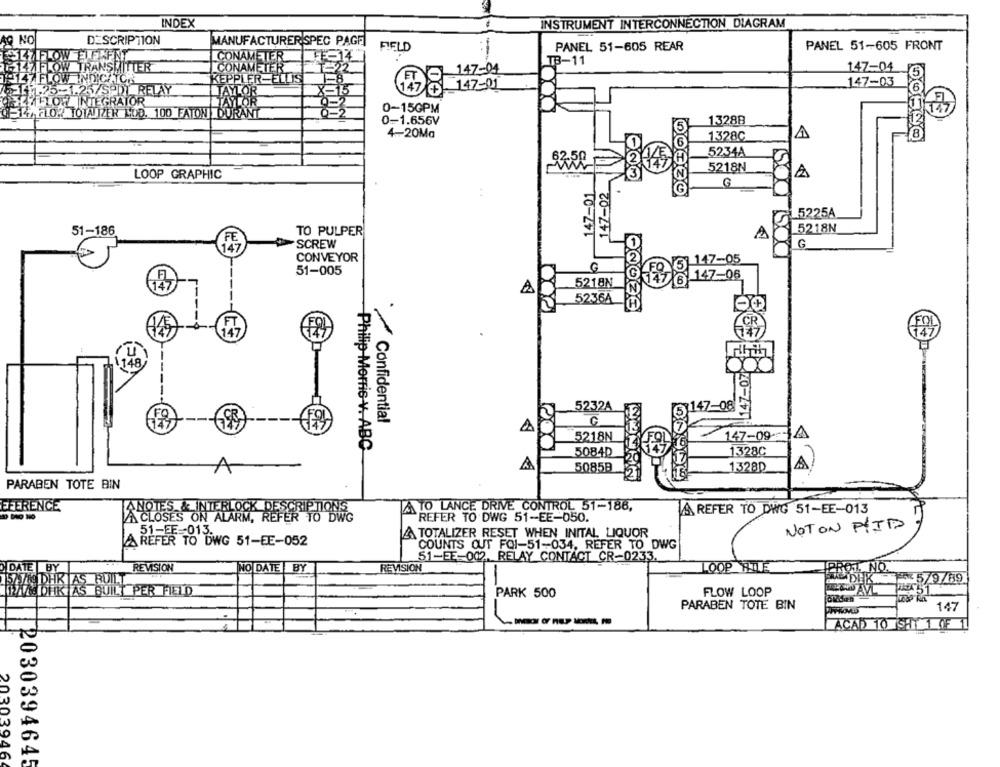
INDEX
INSTRUMENT INTERCONNECTION DIAGRAM
AQ NO
DESCRIPTION
MANUFACTURER SPEC PAGE
PANEL 51-605 REAR
PANEL 51-605 FRONT
FIELD
-
SEMIFLOW FLEXFINT
CONAMETER
TB-11
147 FLOW TRANSMITTER
CONAMETER
147-04
147-04
147 FLOW INDICATOA
KEPPLER-ELLIST
147-01
147-03
521 11.25-1.25/SPDI RELAY
AVTOR
TYFLOW INTEGRATOR
TAYLOR
4FLOY TOTALZER LOD. 100 FATONI DURANT
0-15GPM
0-1.656V
13288
4-20Ma
1328C
5234A
62.50
5218N
LOOP GRAPHIC
A
147-01
147-02
G
500
5225A
5218N
51-186
TO PULPER
A
SCREW
G
CONVEYOR
147-05
G
FQ
51-005
147-06
5218N
6
A
523.6A
00
147-07
52324
147-08
Confidential
C
5218N
147-09-
A
000
Philip Morris v. ABC
5084D
1328C
A
5085B
1328D
PARABEN TOTE BIN
EFERENCE
LANOTES & INTERLOCK
A TO LANCE DRIVE CONTROL 51-186,
A REFER TO DWG 51-EE-013
A CLOSES ON ALARM, REFER TO DWG
REFER TO DWG 51-EE-050.
NOTON PIJP
51-FF-013.
A TOTALIZER RESET WHEN INITAL LIQUOR
A REFER TO DWG 51-EE-052
COUNTS OUT FOI-51-034. REFER TO DWG
51-EE-002. RELAY CONTACT CR-0233.
DATE BY
REVISION
NO DATE BY
LOOP RILE
REVISION
579/69
THAT BUR JAS BUILT PER FIELD
PARK 500
FLOW LOOP
PARABEN TOTE BIN
147
ACAD 10 :1 1 75 1
203039464
2030394645